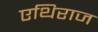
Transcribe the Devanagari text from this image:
एथिराज